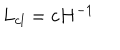
L _ { c l } = c H ^ { - 1 }